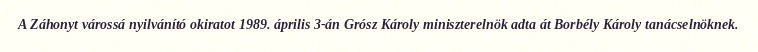
A Záhonyt várossá nyilvánító okiratot 1989. április 3-án Grósz Károly miniszterelnök adta át Borbély Károly tanácselnöknek.